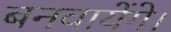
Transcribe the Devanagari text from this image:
बनवायेंगे।